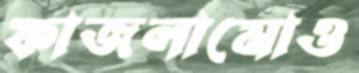
ফাজলামোও